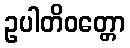
ဥပါတိဝတ္တော